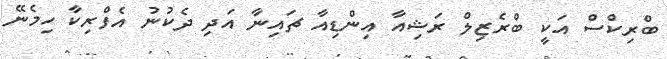
ބްރިކްސް އަކީ ބްރެޒިލް ރަޝިއާ އިންޑިއާ ޗައިނާ އަދި ދެކުނު އެފްރިކާ ހިމެނޭ